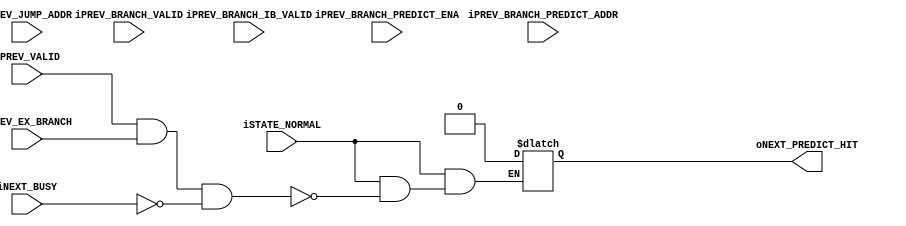
module execute_branch_predict(
		//State
		input wire iSTATE_NORMAL,
		//Previous - PREDICT
		input wire iPREV_VALID,
		input wire iPREV_EX_BRANCH,
		input wire iPREV_BRANCH_PREDICT_ENA,
		input wire [31:0] iPREV_BRANCH_PREDICT_ADDR,
		//JUMP
		input wire iPREV_BRANCH_VALID,
		input wire iPREV_BRANCH_IB_VALID,
		input wire [31:0] iPREV_JUMP_ADDR,
		//Next
		input wire iNEXT_BUSY,
		output wire oNEXT_PREDICT_HIT
	);


	reg predict_hit;

	always @* begin
		if(iSTATE_NORMAL)begin	
			if(iPREV_VALID && iPREV_EX_BRANCH && !iNEXT_BUSY)begin
				//Jump True
				if(iPREV_BRANCH_VALID)begin
					//Branch Predict Hardware Enable / Disable
					`ifdef MIST1032ISA_BRANCH_PREDICT
						//Hit Branch Predict
						if(iPREV_BRANCH_PREDICT_ENA)begin
							if(iPREV_BRANCH_PREDICT_ADDR == iPREV_JUMP_ADDR)begin
								predict_hit = 1'b1;
							end
							else begin
								predict_hit = 1'b0;
							end
						end
						//Un Hit
						else begin
							predict_hit = 1'b0;
						end
					`else
						predict_hit = 1'b0;
					`endif

				end
				//System Branch
				else if(iPREV_BRANCH_IB_VALID)begin
					predict_hit = 1'b0;
				end
				//Non Branch(Compiler predict instruction)
				else begin
					//Branch Predict Enable
					`ifdef MIST1032ISA_BRANCH_PREDICT
						predict_hit = 1'b0;
					`else
					//Predict Disable
						predict_hit = 1'b0;
					`endif
				end
			end
		end
		else begin
			predict_hit = 1'b0;
		end
	end


	assign oNEXT_PREDICT_HIT = predict_hit;

endmodule